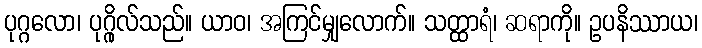
ပုဂ္ဂလော၊ ပုဂ္ဂိုလ်သည်။ ယာဝ၊ အကြင်မျှလောက်။ သတ္ထာရံ၊ ဆရာကို။ ဥပနိဿာယ၊